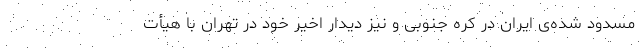
مسدود شده‌ی ایران در کره جنوبی و نیز دیدار اخیر خود در تهران با هیأت